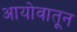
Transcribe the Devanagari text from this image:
आयोवातून